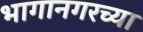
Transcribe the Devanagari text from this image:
भागानगरच्या